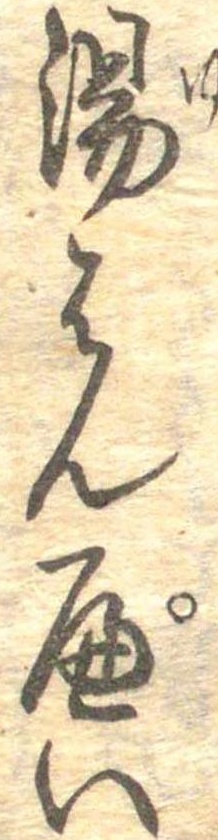
湯はんぺい